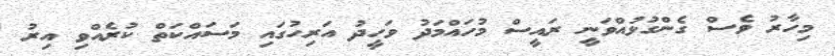
މިހާރު ވެސް ގެންގުޅުއްވަނީ ރައީސް މުހައްމަދު ވަހީދު އަރިހުގައި މަސައްކަތް ކުރެއްވި އިރު